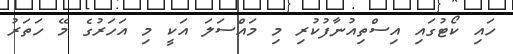
ހައި ކޯޓުގައި އިސްތިއުނާފުކުރި މި މައްސަލަ އަކީ މި އަހަރުގެ މޭ ހަތަރު